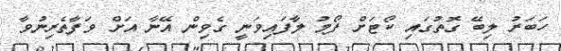
ހަބަރު ލިބޭ ގޮތުގައި ކޯޓަށް ފޯމު ލާފައިވަނީ ގެވިން އޭނާ އަށް ވަފާތެރިނުވާ